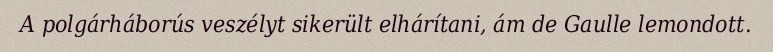
A polgárháborús veszélyt sikerült elhárítani, ám de Gaulle lemondott.